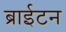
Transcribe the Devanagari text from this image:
ब्राईटन